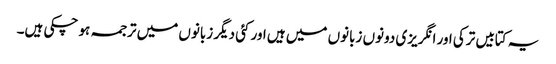
یہ کتابیں ترکی اور انگریزی دونوں زبانوں میں ہیں اور کئی دیگر زبانوں میں ترجمہ ہو چکی ہیں۔